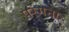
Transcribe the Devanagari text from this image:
परंगना